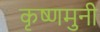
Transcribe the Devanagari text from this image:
कृष्णमुनी